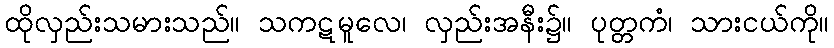
ထိုလှည်းသမားသည်။ သကဋမူလေ၊ လှည်းအနီး၌။ ပုတ္တကံ၊ သားငယ်ကို။